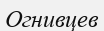
Огнивцев